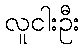
လူငါးဦး